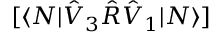
[ \langle N | \hat { V } _ { 3 } \hat { R } \hat { V } _ { 1 } | N \rangle ]